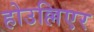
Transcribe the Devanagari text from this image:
होउल्लिएर